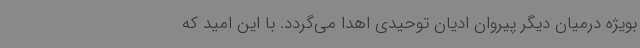
بویژه درمیان دیگر پیروان ادیان توحیدی اهدا می‌گردد. با این امید که